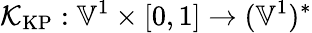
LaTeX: \mathcal{K}_{\mathrm{KP}}:\mathbb{V}^{1}\times[0,1]\to(\mathbb{V}^{1})^{*}